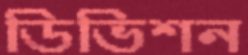
ডিভিশন